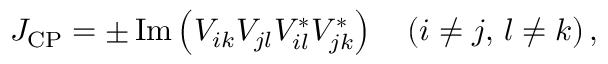
J _ { \mathrm { C P } } = \pm \, \mathrm { I m } \left( V _ { i k } V _ { j l } V _ { i l } ^ { \ast } V _ { j k } ^ { \ast } \right) \quad ( i \not = j , \, l \not = k ) \, ,